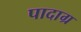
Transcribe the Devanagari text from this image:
पादाग्र